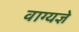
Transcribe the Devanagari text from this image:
वाग्यज्ञे